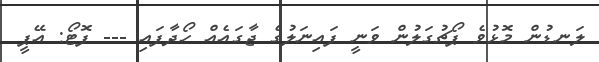
ލަނޑުން މޮޅުވެ ޕޯޗުގަލުން ވަނީ ފައިނަލުގެ ޖާގައެއް ހޯދާފައި --- ފޮޓޯ: އޭޕީ